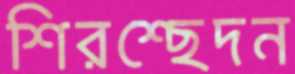
শিরশ্ছেদন